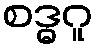
စဒ္ဓဂူ